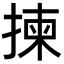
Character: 揀